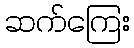
ဆက်ကြေး